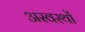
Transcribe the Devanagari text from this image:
अस्वस्थों